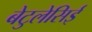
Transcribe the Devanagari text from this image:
बेटुलेसिई